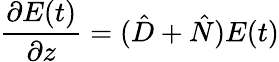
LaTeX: \frac{\partial E(t)}{\partial z}=(\hat{D}+\hat{N})E(t)